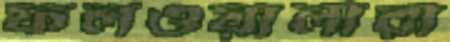
ফলওয়ালারা